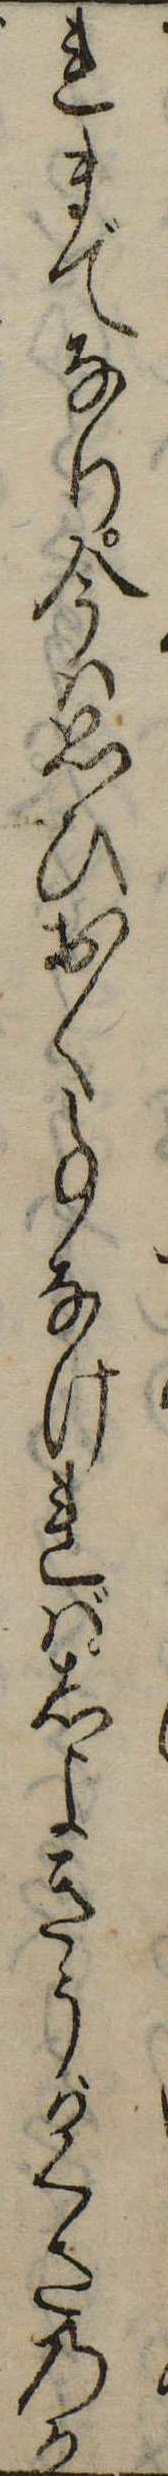
れまでなり今は思ひおく事なければしよきうがくさのか